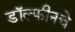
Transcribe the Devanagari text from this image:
डॉल्फीनचे